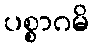
ပစ္စာဂမိ